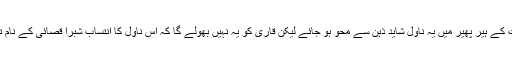
وقت کے ہیر پھیر میں یہ ناول شاید ذہن سے محو ہو جائے لیکن قاری کو یہ نہیں بھولے گا کہ اس ناول کا انتساب شبرا قصائی کے نام تھا ۔